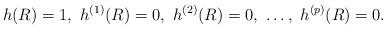
LaTeX: \begin{align*} h(R)=1,\ h^{(1)}(R)=0,\ h^{(2)}(R)=0,\ \dots,\ h^{(p)}(R)=0. \end{align*}